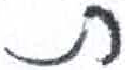
אות: ת